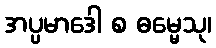
အပ္ပမာဒေါ စ ဓမ္မေသု၊